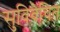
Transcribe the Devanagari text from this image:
सुविवेचित